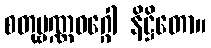
စတုဗ္ဗဏ္ဏဝဂ္ဂေါ နိဋ္ဌိတော။